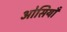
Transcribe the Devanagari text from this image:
ओसियाँ